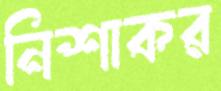
নিশাকর